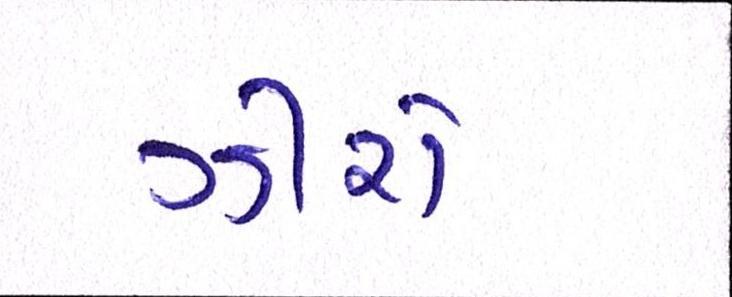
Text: ઝીરો